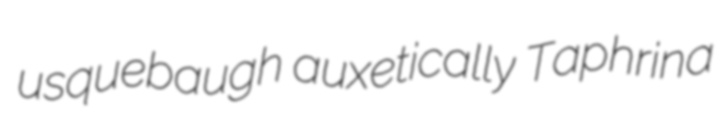
usquebaugh auxetically Taphrina